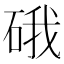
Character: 硪